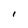
Character: I